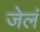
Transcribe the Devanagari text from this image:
जेलं